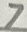
Text: 7